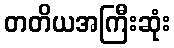
တတိယအကြီးဆုံး